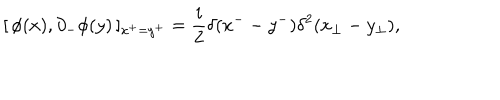
[ \, \phi ( x ) , \partial _ { - } \phi ( y ) \, ] _ { x ^ { + } = y ^ { + } } = \frac { i } { 2 } \delta ( x ^ { - } - y ^ { - } ) \delta ^ { 2 } ( x _ { \perp } - y _ { \perp } ) ,